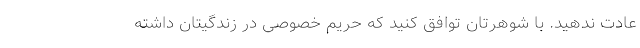
عادت ندهید. با شوهرتان توافق کنید که حریم خصوصی در زندگیتان داشته